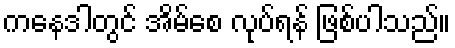
ကနေဒါတွင် အိမ်စေ လုပ်ရန် ဖြစ်ပါသည်။